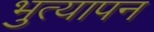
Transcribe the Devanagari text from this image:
भुत्यापन